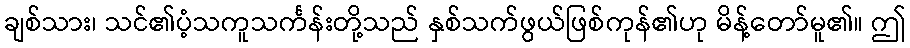
ချစ်သား၊ သင်၏ပံ့သကူသင်္ကန်းတို့သည် နှစ်သက်ဖွယ်ဖြစ်ကုန်၏ဟု မိန့်တော်မူ၏။ ဤ